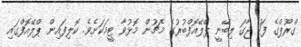
ގްރޫޕްގެ ފަހު ޖާގަ ލިބޭނީ ޕްލޭއޮފްބުރުގެ މެޗުން މޮޅުވާ ޓީމަކަށެވެ. ކޮލިފައިން ޕްލޭއޮފްގައި